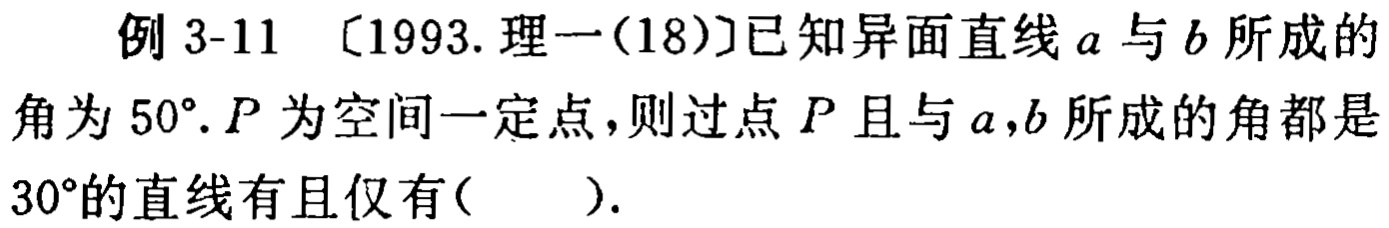
例 3-11 〔1993. 理一(18)〕已知异面直线 \(a\) 与 \(b\) 所成的角为 \(50^{\circ}\). \(P\) 为空间一定点，则过点 \(P\) 且与 \(a,b\) 所成的角都是 \(30^{\circ}\)的直线有且仅有( ).